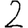
Digit: 2